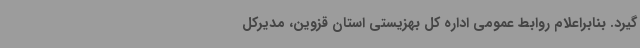
گیرد. بنابراعلام روابط عمومی اداره کل بهزیستی استان قزوین، مدیرکل